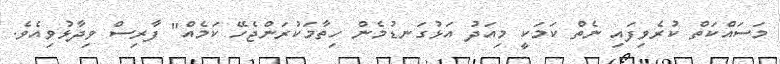
މަސައްކަތް ކުރެވިފައި ނެތް ކަމަކީ މިއަދު އަޅުގަނޑުމެން ހިތާމަކުރަންޖެހޭ ކަމެއް" ފާރިސް ވިދާޅުވިއެވެ.